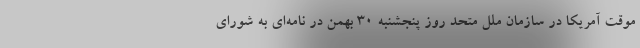
موقت آمریکا در سازمان ملل متحد روز پنجشنبه ۳۰ بهمن در نامه‌ای به شورای